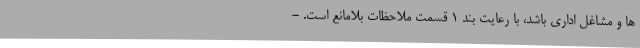
ها و مشاغل اداری باشد، با رعایت بند ۱ قسمت ملاحظات بلامانع است. -